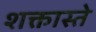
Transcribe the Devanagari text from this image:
शक्तास्ते